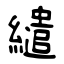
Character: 繾